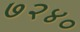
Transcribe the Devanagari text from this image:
७२४०